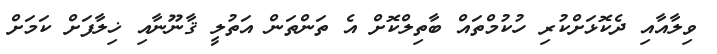
ވިލާއާއި ދެކޮޅަށްކުރި ހުކުމްތައް ބާތިލްކޮށް އެ ތަންތަން އަތުލީ ޤާނޫނާއި ޚިލާފަށް ކަމަށް